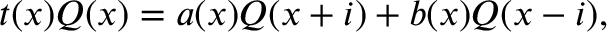
t ( x ) Q ( x ) = a ( x ) Q ( x + i ) + b ( x ) Q ( x - i ) ,